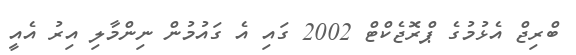
ބްރިޖް އެޅުމުގެ ޕްރޮޖެކްޓް 2002 ގައި އެ ގައުމުން ނިންމާލި އިރު އެއީ